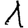
Digit: 1